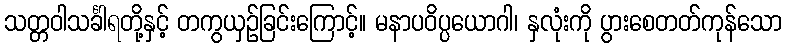
သတ္တဝါသင်္ခါရတို့နှင့် တကွယှဉ်ခြင်းကြောင့်။ မနာပဝိပ္ပယောဂါ၊ နှလုံးကို ပွားစေတတ်ကုန်သော